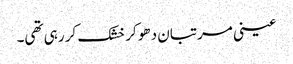
عینی مرتبان دھو کر خشک کر رہی تھی۔